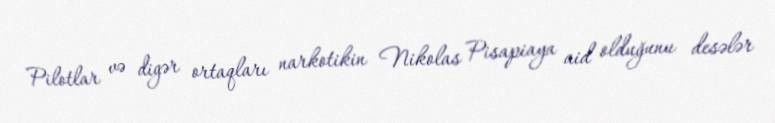
Pilotlar və digər ortaqları narkotikin Nikolas Pisapiaya aid olduğunu desələr